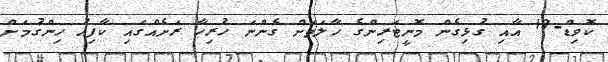
ކޮވިޑް-19 އާއި ގުޅިގެން މޮނީޓަރިންގެ ހާލަތަށް ގެންނަ ހުރިހާ ރަށެއްގައި ކާފިއު ހިންގުމަށް